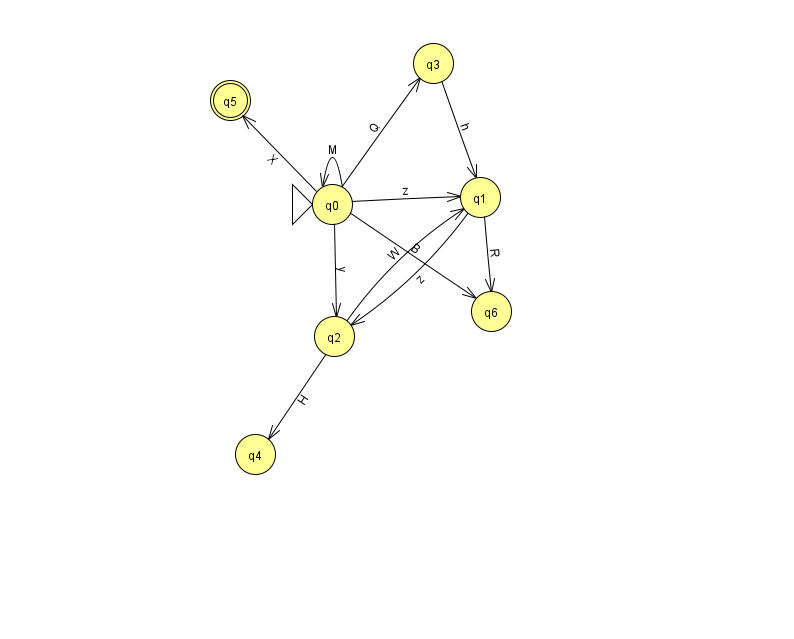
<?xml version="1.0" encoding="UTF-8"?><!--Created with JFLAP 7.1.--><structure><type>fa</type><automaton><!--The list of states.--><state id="0" name="q0"><x>332.0</x><y>191.0</y><initial/></state><state id="1" name="q1"><x>480.0</x><y>184.0</y></state><state id="2" name="q2"><x>334.0</x><y>323.0</y></state><state id="3" name="q3"><x>433.0</x><y>50.0</y></state><state id="4" name="q4"><x>255.0</x><y>441.0</y></state><state id="5" name="q5"><x>230.0</x><y>87.0</y><final/></state><state id="6" name="q6"><x>491.0</x><y>298.0</y></state><!--The list of transitions.--><transition><from>0</from><to>1</to><read>z</read></transition><transition><from>2</from><to>1</to><read>W</read></transition><transition><from>0</from><to>2</to><read>y</read></transition><transition><from>1</from><to>6</to><read>R</read></transition><transition><from>0</from><to>3</to><read>Q</read></transition><transition><from>2</from><to>4</to><read>H</read></transition><transition><from>3</from><to>1</to><read>h</read></transition><transition><from>0</from><to>0</to><read>M</read></transition><transition><from>1</from><to>2</to><read>z</read></transition><transition><from>0</from><to>5</to><read>X</read></transition><transition><from>0</from><to>6</to><read>B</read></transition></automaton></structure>